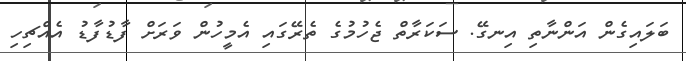
ބަލައިގެން އަންނާތި އިނގޭ. ސަކަރާތް ޖެހުމުގެ ތެރޭގައި އެމީހުން ވަރަށް ފާޑުފާޑު އެއްޗިހި